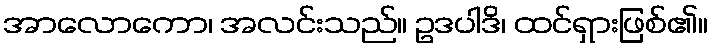
အာလောကော၊ အလင်းသည်။ ဥဒပါဒိ၊ ထင်ရှားဖြစ်၏။